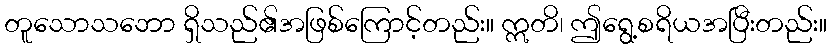
တူသောသဘော ရှိသည်၏အဖြစ်ကြောင့်တည်း။ ဣတိ၊ ဤရွေ့စရိယအပြီးတည်း။